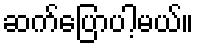
ဆက်ပြောပါ့မယ်။